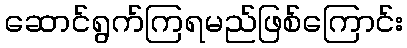
ဆောင်ရွက်ကြရမည်ဖြစ်ကြောင်း